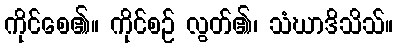
ကိုင်စေ၏။ ကိုင်စဉ် လွတ်၏၊ သံဃာဒိသိသ်။